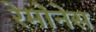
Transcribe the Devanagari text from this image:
रेमोनेस